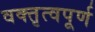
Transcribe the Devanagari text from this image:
वक्तृत्वपूर्ण